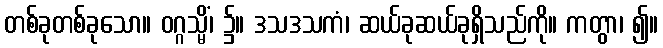
တစ်ခုတစ်ခုသော။ ဝဂ္ဂသ္မိံ၊ ၌။ ဒသဒသကံ၊ ဆယ်ခုဆယ်ခုရှိသည်ကို။ ကတွာ၊ ၍။